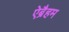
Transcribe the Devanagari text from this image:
ऐब्रैहम